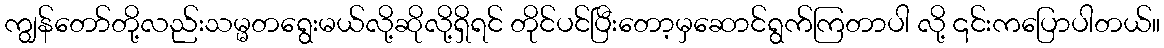
ကျွန်တော်တို့လည်းသမ္မတရွေးမယ်လို့ဆိုလို့ရှိရင် တိုင်ပင်ပြီးတော့မှဆောင်ရွက်ကြတာပါ လို့ ၎င်းကပြောပါတယ်။